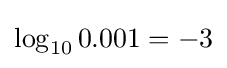
\log _{10}{0.001}=-3